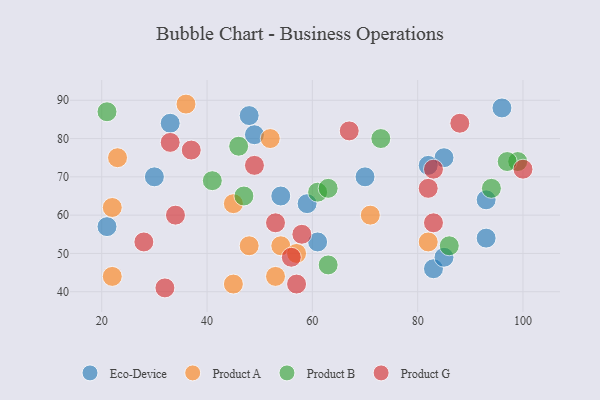
{"axis": {"x": "GDP", "y": "Life Expectancy"}, "legend": ["Eco-Device", "Product A", "Product B", "Product G"], "data": [{"x": "85", "y": 75, "type": "Eco-Device"}, {"x": "30", "y": 70, "type": "Eco-Device"}, {"x": "33", "y": 84, "type": "Eco-Device"}, {"x": "96", "y": 88, "type": "Eco-Device"}, {"x": "93", "y": 54, "type": "Eco-Device"}, {"x": "70", "y": 70, "type": "Eco-Device"}, {"x": "83", "y": 46, "type": "Eco-Device"}, {"x": "93", "y": 64, "type": "Eco-Device"}, {"x": "48", "y": 86, "type": "Eco-Device"}, {"x": "54", "y": 65, "type": "Eco-Device"}, {"x": "85", "y": 49, "type": "Eco-Device"}, {"x": "59", "y": 63, "type": "Eco-Device"}, {"x": "82", "y": 73, "type": "Eco-Device"}, {"x": "49", "y": 81, "type": "Eco-Device"}, {"x": "61", "y": 53, "type": "Eco-Device"}, {"x": "21", "y": 57, "type": "Eco-Device"}, {"x": "82", "y": 53, "type": "Product A"}, {"x": "45", "y": 63, "type": "Product A"}, {"x": "23", "y": 75, "type": "Product A"}, {"x": "54", "y": 52, "type": "Product A"}, {"x": "53", "y": 44, "type": "Product A"}, {"x": "48", "y": 52, "type": "Product A"}, {"x": "45", "y": 42, "type": "Product A"}, {"x": "22", "y": 44, "type": "Product A"}, {"x": "71", "y": 60, "type": "Product A"}, {"x": "22", "y": 62, "type": "Product A"}, {"x": "57", "y": 50, "type": "Product A"}, {"x": "52", "y": 80, "type": "Product A"}, {"x": "36", "y": 89, "type": "Product A"}, {"x": "99", "y": 74, "type": "Product B"}, {"x": "86", "y": 52, "type": "Product B"}, {"x": "73", "y": 80, "type": "Product B"}, {"x": "97", "y": 74, "type": "Product B"}, {"x": "63", "y": 47, "type": "Product B"}, {"x": "61", "y": 66, "type": "Product B"}, {"x": "21", "y": 87, "type": "Product B"}, {"x": "46", "y": 78, "type": "Product B"}, {"x": "47", "y": 65, "type": "Product B"}, {"x": "41", "y": 69, "type": "Product B"}, {"x": "63", "y": 67, "type": "Product B"}, {"x": "94", "y": 67, "type": "Product B"}, {"x": "56", "y": 49, "type": "Product G"}, {"x": "82", "y": 67, "type": "Product G"}, {"x": "100", "y": 72, "type": "Product G"}, {"x": "83", "y": 72, "type": "Product G"}, {"x": "34", "y": 60, "type": "Product G"}, {"x": "57", "y": 42, "type": "Product G"}, {"x": "53", "y": 58, "type": "Product G"}, {"x": "67", "y": 82, "type": "Product G"}, {"x": "49", "y": 73, "type": "Product G"}, {"x": "28", "y": 53, "type": "Product G"}, {"x": "58", "y": 55, "type": "Product G"}, {"x": "33", "y": 79, "type": "Product G"}, {"x": "88", "y": 84, "type": "Product G"}, {"x": "83", "y": 58, "type": "Product G"}, {"x": "32", "y": 41, "type": "Product G"}, {"x": "37", "y": 77, "type": "Product G"}]}